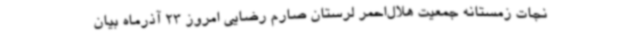
نجات زمستانه جمعیت هلال‌احمر لرستان صارم رضایی امروز 23 آذرماه بیان